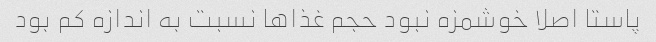
پاستا اصلا خوشمزه نبود حجم غذاها نسبت به اندازه کم بود